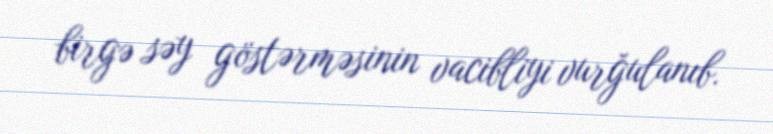
birgə səy göstərməsinin vacibliyi vurğulanıb.